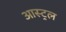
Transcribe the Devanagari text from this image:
आस्ट्रल